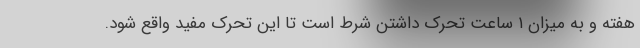
هفته و به میزان ۱ ساعت تحرک داشتن شرط است تا این تحرک مفید واقع شود.